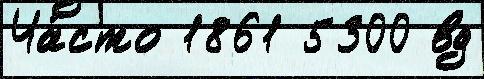
Ча́сто 1861 5300 вд